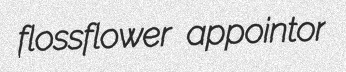
flossflower appointor